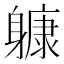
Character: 躿